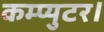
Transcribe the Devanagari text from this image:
कम्प्युटर।